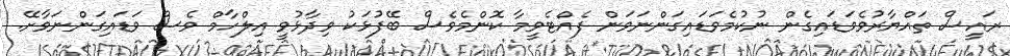
ރައީސް ތައްޔާރުވެވަޑައިގެން ނުކުމެވަޑައިގަންނަވަން ފެއްޓެވީމާ ކޮންމެވެސް ބޭފުޅަކު ވިދާޅުވީ އިލްހާމް ވެސް ވަޑައިގަންނަވާށޭ.